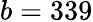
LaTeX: b=339